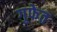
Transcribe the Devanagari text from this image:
गुफेत